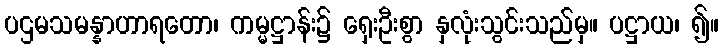
ပဌမသမန္နာဟာရတော၊ ကမ္မဋ္ဌာန်း၌ ရှေးဦးစွာ နှလုံးသွင်းသည်မှ။ ပဋ္ဌာယ၊ ၍။